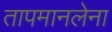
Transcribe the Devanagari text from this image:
तापमानलेना